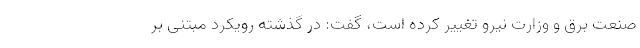
صنعت برق و وزارت نیرو تغییر کرده است، گفت: در گذشته رویکرد مبتنی بر